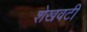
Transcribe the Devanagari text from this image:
शेखवटी